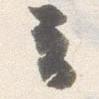
云